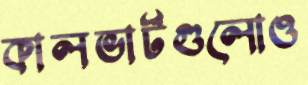
কালভার্টগুলোও